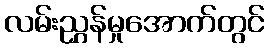
လမ်းညွှန်မှုအောက်တွင်